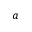
a